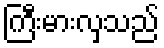
ကြီးမားလှသည်